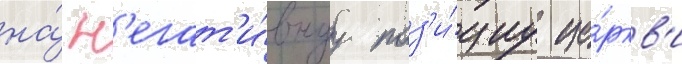
на́ н'егат'и́внуу поз'и́циу це́ркв'и